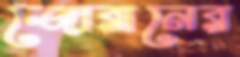
জোরানের